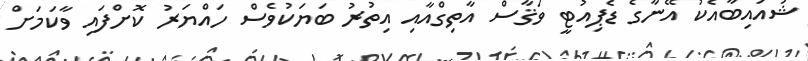
ޝުއައިބާއެކު އޭނާގެ ޑެޕިއުޓީ ވަޤާސް އާތިގްއާއި އިތުރު ބަޔަކުވެސް ހައްޔަރު ކޮށްފައި ވާކަމަށް